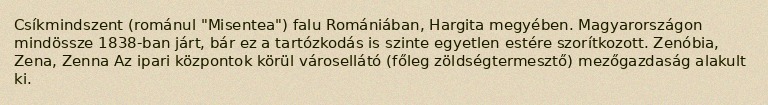
Csíkmindszent (románul "Misentea") falu Romániában, Hargita megyében. Magyarországon mindössze 1838-ban járt, bár ez a tartózkodás is szinte egyetlen estére szorítkozott. Zenóbia, Zena, Zenna Az ipari központok körül városellátó (főleg zöldségtermesztő) mezőgazdaság alakult ki.